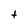
Character: t